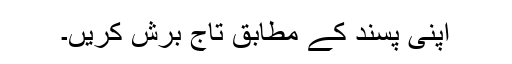
اپنی پسند کے مطابق تاج برش کریں۔